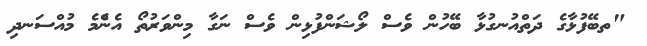
"ތބޭފުޅާގެ ދަތްއުނގުޅާ ބޭހުން ވެސް ލޯޝަންފުޅިން ވެސް ނަގާ މިންވަރުތޯ އެންެމެ މުއްސަނދި